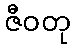
ဇီဝတု